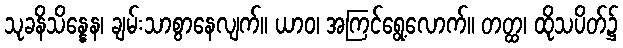
သုခနိသိန္နေန၊ ချမ်းသာစွာနေလျက်။ ယာဝ၊ အကြင်ရွေ့လောက်။ တတ္ထ၊ ထိုသပိတ်၌